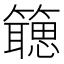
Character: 𬕻